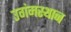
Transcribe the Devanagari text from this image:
उगंमस्थान